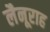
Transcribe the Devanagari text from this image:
लैनूराह